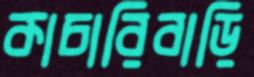
কাচারিবাড়ি